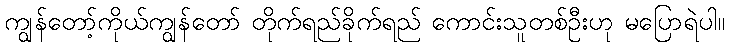
ကျွန်တော့်ကိုယ်ကျွန်တော် တိုက်ရည်ခိုက်ရည် ကောင်းသူတစ်ဦးဟု မပြောရဲပါ။